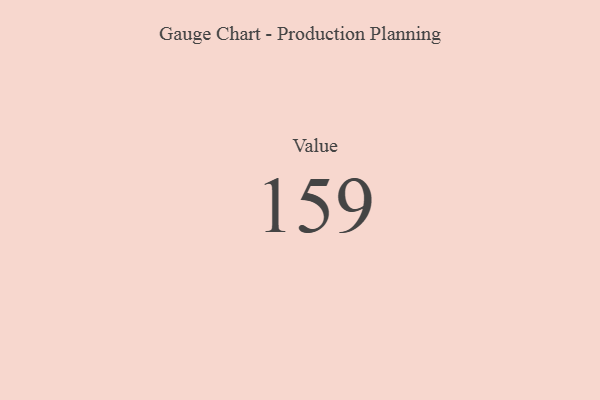
{"axis": {"x": "Metric", "y": "Value"}, "legend": [""], "data": [{"x": "Value", "y": 159, "type": ""}]}